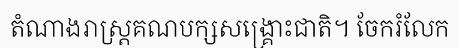
តំណាងរាស្ត្រគណបក្សសង្គ្រោះជាតិ។ ចែករំលែក